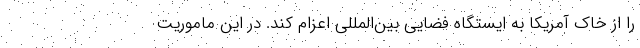
را از خاک آمریکا به ایستگاه فضایی بین‌المللی اعزام کند. در این ماموریت